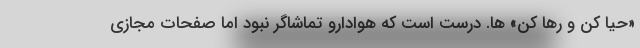
«حیا کن و رها کن» ها. درست است که هوادارو تماشاگر نبود اما صفحات مجازی